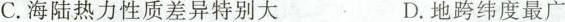
C.海陆热力性质差异特别大D.地跨纬度最广